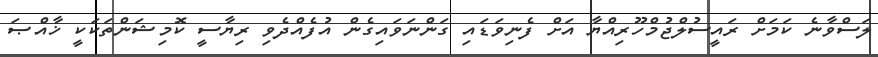
ލަސްވާނެ ކަމަށް ރައީސުލްޖުމްހޫރިއްޔާ އަށް ފެނިވަޑައި ގަންނަވައިގެން އުފެއްދެވި ރިޔާސީ ކޮމިޝަންތަކަކީ ޚާއްޞަ